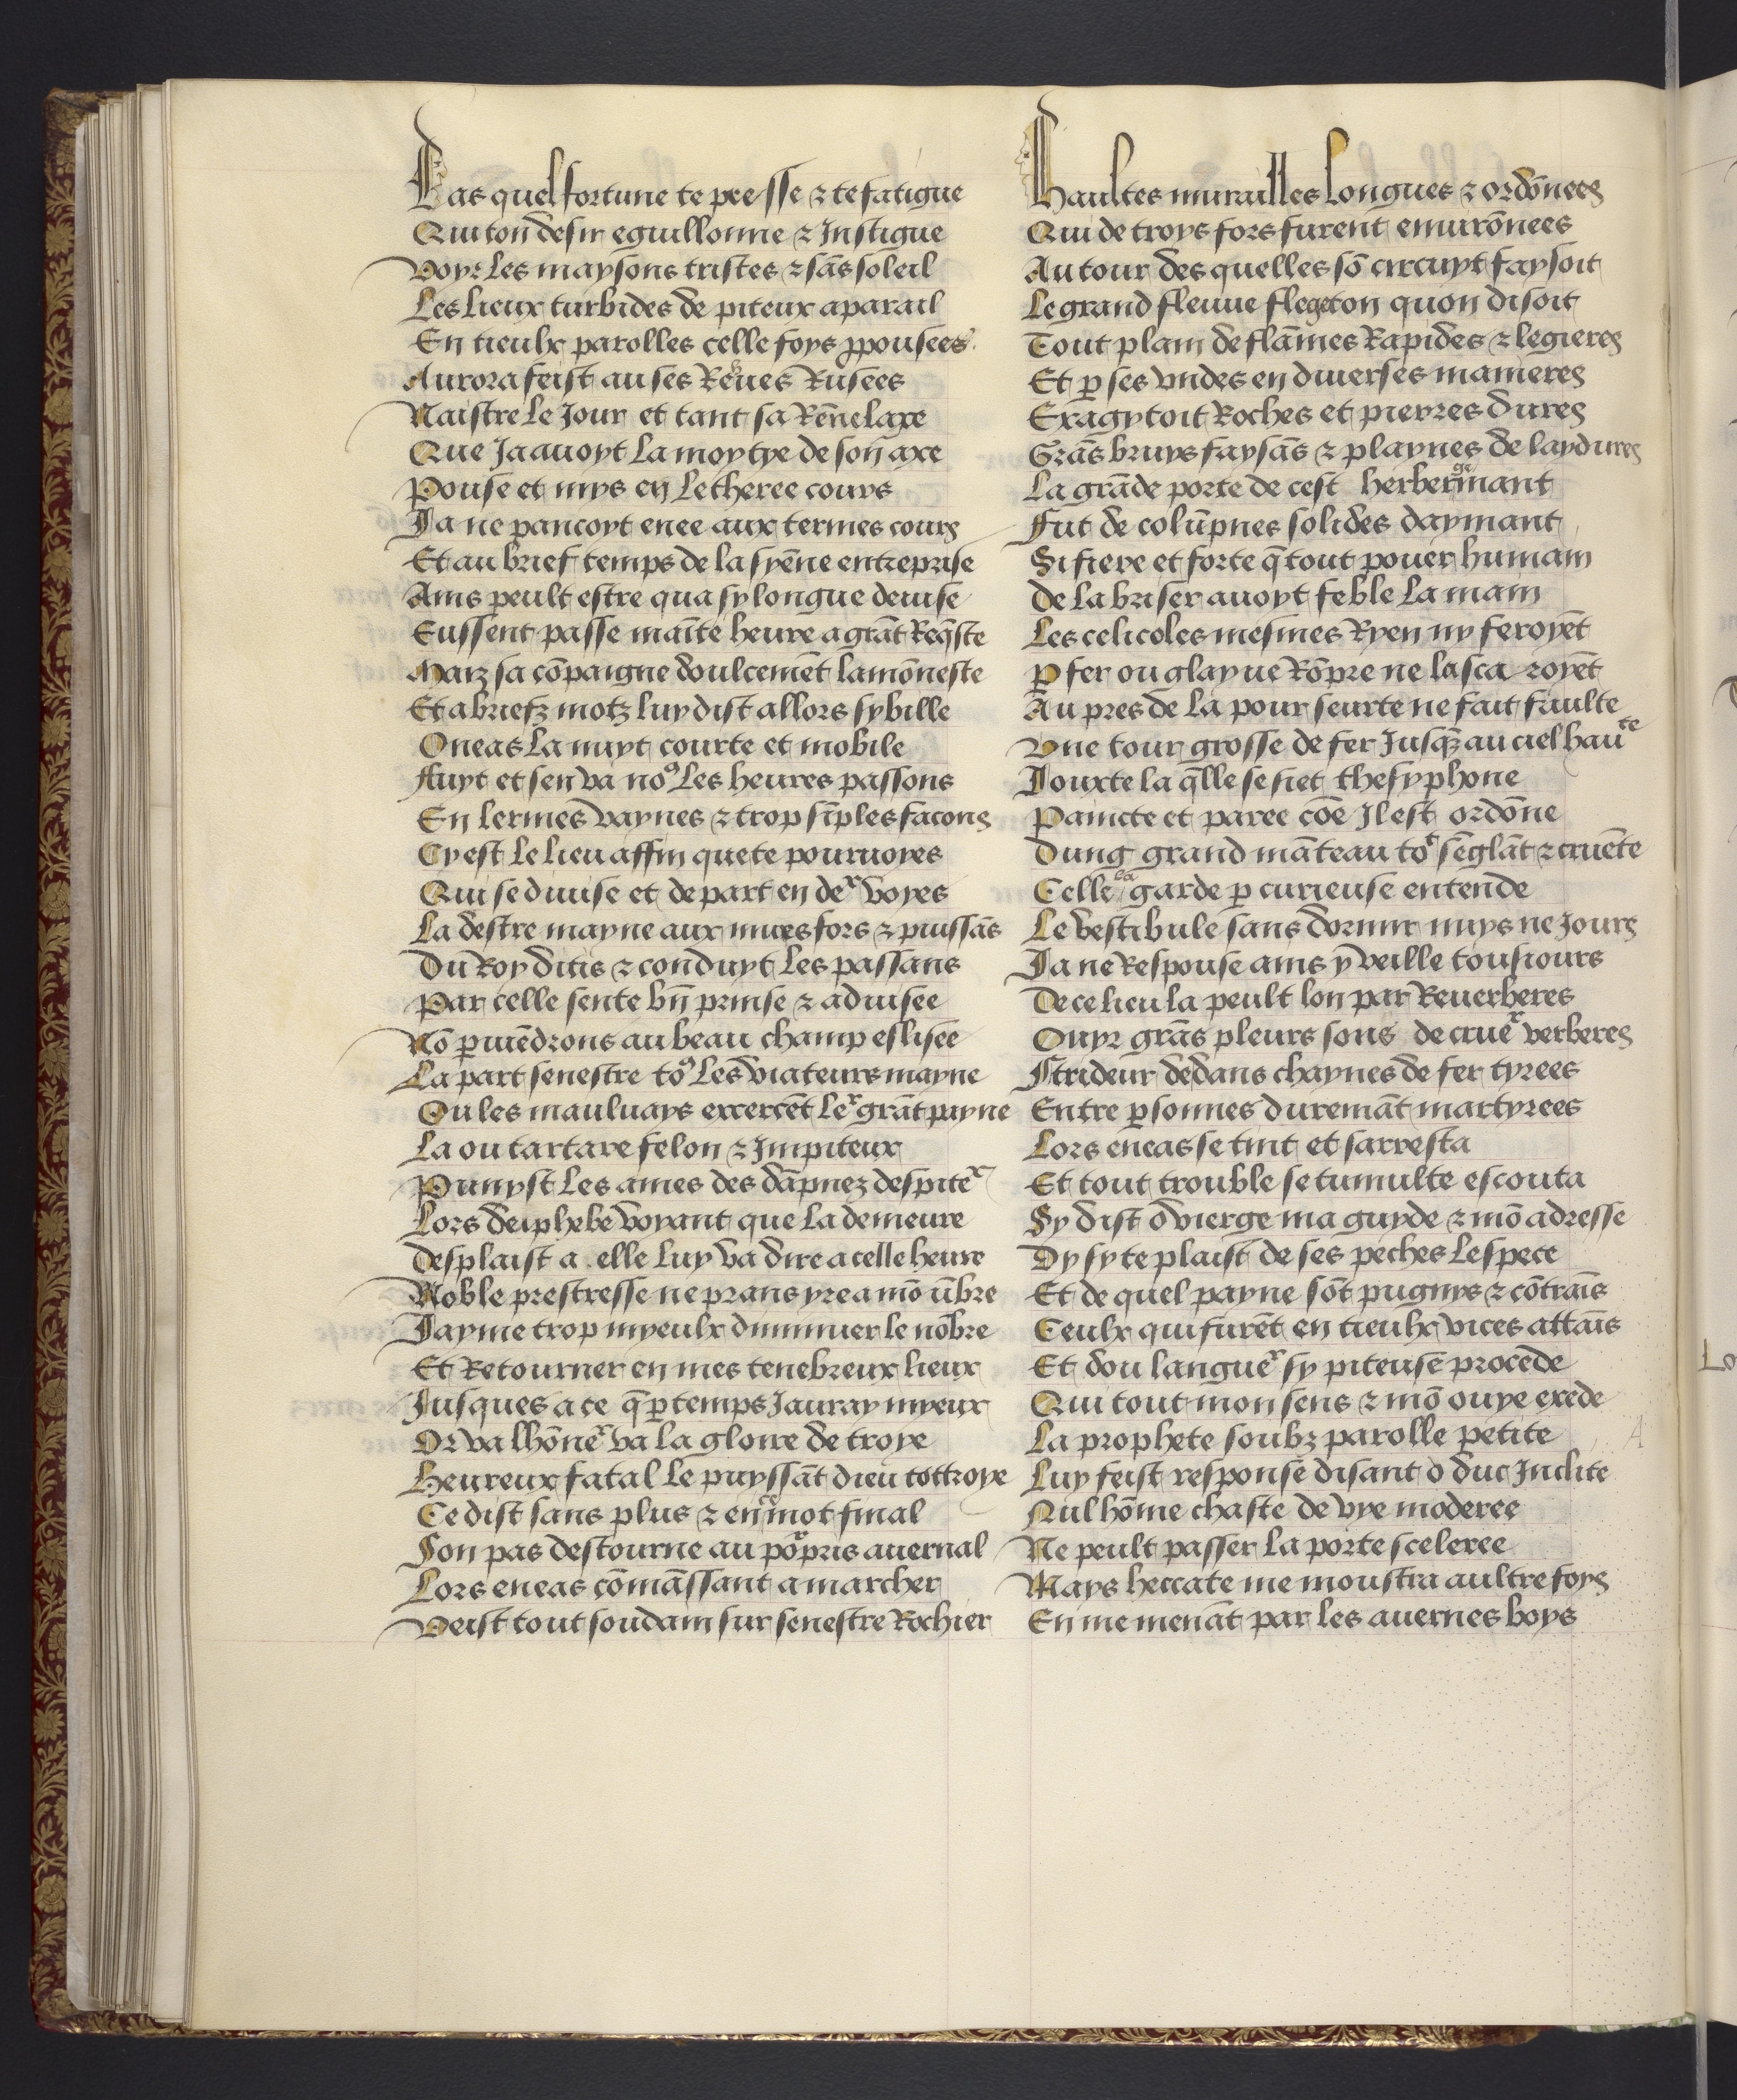
Shelfmark: Philadelphia, University of Pennsylvania, codex 909
Century: 15